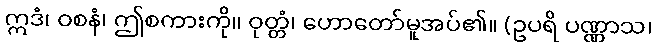
ဣဒံ၊ ဝစနံ၊ ဤစကားကို။ ဝုတ္တံ၊ ဟောတော်မူအပ်၏။ (ဥပရိ ပဏ္ဏာသ၊